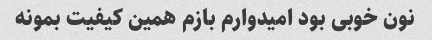
نون خوبی بود امیدوارم بازم همین کیفیت بمونه